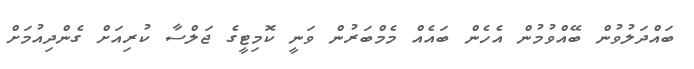
ބައްދަލުވުން ބޭއްވުމުން އެހެން ބައެއް މެމްބަރުން ވަނީ ކޮމިޓީގެ ޖަލްސާ ކުރިއަށް ގެންދިއުމަށް